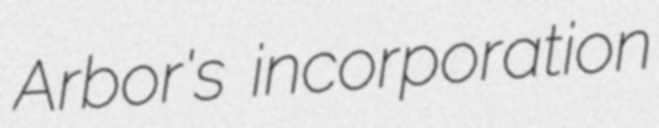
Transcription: Arbor's incorporation